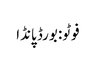
فوٹو: بورڈ پانڈا